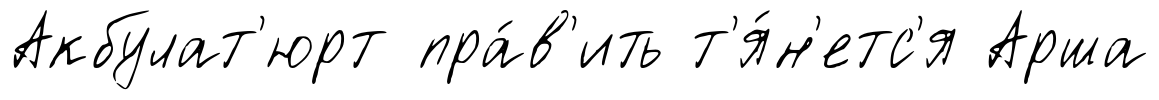
Акбулат'юрт пра́в'ить т'я́н'етс'я Арша